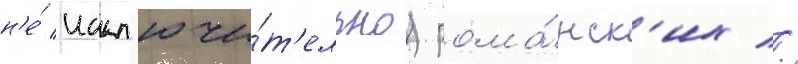
н'е́ искл'ючи́т'ельно) рома́нск'их //